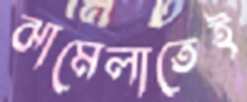
ঝামেলাতেই